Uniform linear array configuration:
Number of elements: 32
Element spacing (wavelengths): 0.75
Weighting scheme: cosine
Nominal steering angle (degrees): -60
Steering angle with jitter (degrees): -58.246
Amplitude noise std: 0.05
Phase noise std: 0.05

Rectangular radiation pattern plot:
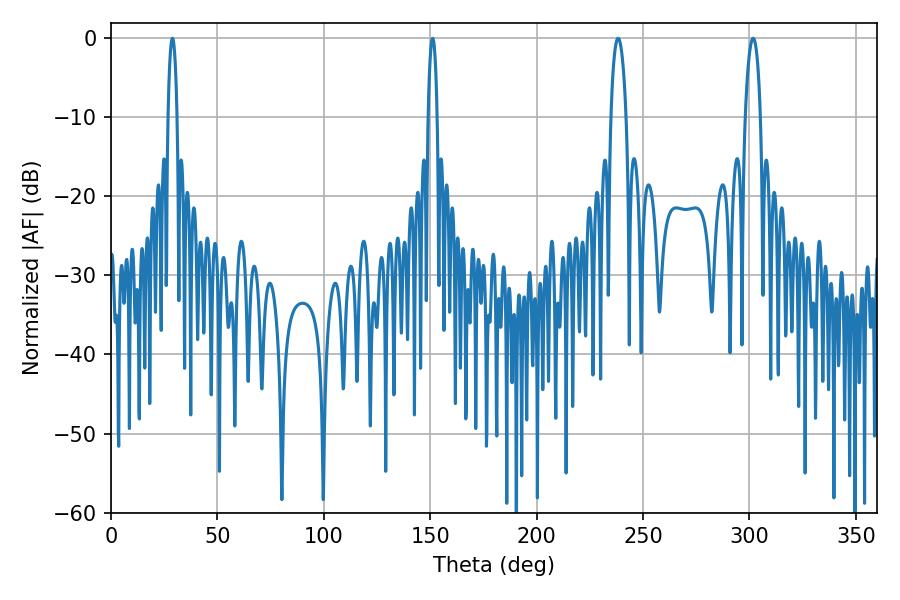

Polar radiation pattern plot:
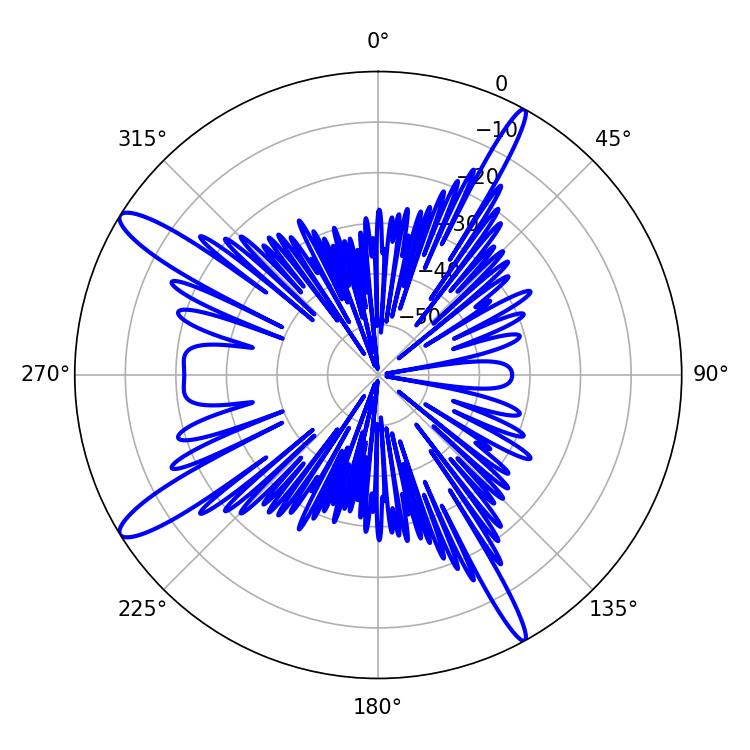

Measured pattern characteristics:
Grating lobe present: TRUE
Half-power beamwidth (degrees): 3.96
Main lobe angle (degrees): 301.68